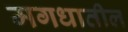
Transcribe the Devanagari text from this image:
मगधातील